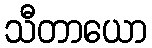
သီတာယော